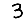
Digit: 3